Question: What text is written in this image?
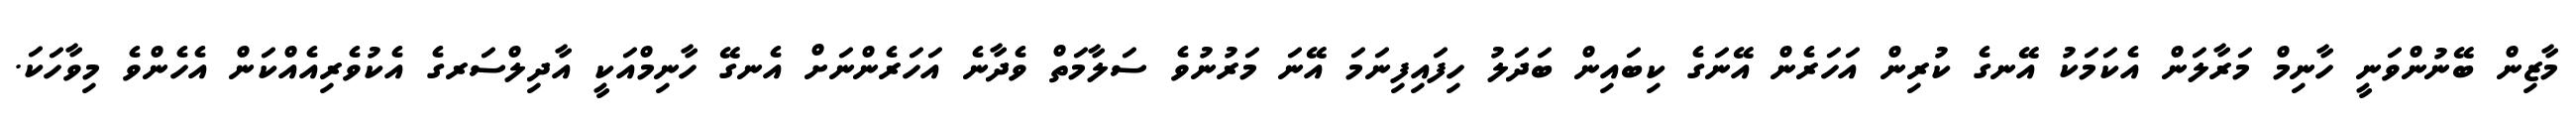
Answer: މާޒިން ބޭނުންވަނީ ހާނިމް މަރާލަން އެކަމަކު އޭނގެ ކުރިން އަހަރެން އޭނަގެ ކިބައިން ބަދަލު ހިފައިފިނަމަ އޭނަ މަރުނުވެ ސަލާމަތް ވެދާނެ އަހަރެންނަށް އެނގޭ ހާނިމްއަކީ އާދިލްސަރގެ އެކުވެރިއެއްކަން އެހެންވެ މިވާހަކަ.